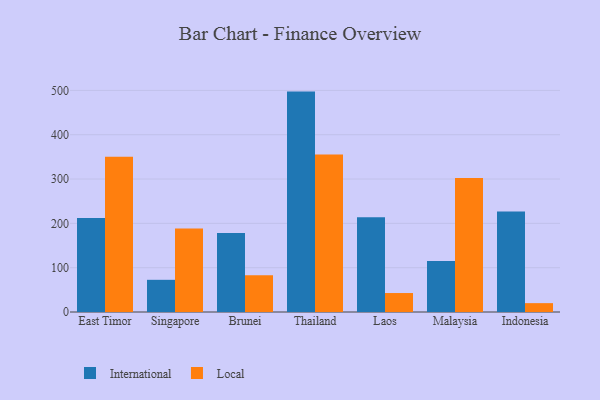
{"axis": {"x": "Country", "y": "Waste Production (Tons)"}, "legend": ["International", "Local"], "data": [{"x": "East Timor", "y": 212.2, "type": "International"}, {"x": "East Timor", "y": 350.5, "type": "Local"}, {"x": "Singapore", "y": 72.6, "type": "International"}, {"x": "Singapore", "y": 188.2, "type": "Local"}, {"x": "Brunei", "y": 178.2, "type": "International"}, {"x": "Brunei", "y": 83.0, "type": "Local"}, {"x": "Thailand", "y": 497.3, "type": "International"}, {"x": "Thailand", "y": 355.1, "type": "Local"}, {"x": "Laos", "y": 213.7, "type": "International"}, {"x": "Laos", "y": 42.8, "type": "Local"}, {"x": "Malaysia", "y": 115.0, "type": "International"}, {"x": "Malaysia", "y": 302.5, "type": "Local"}, {"x": "Indonesia", "y": 226.7, "type": "International"}, {"x": "Indonesia", "y": 20.0, "type": "Local"}]}